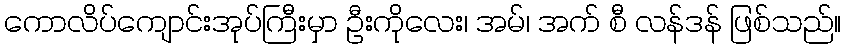
ကောလိပ်ကျောင်းအုပ်ကြီးမှာ ဦးကိုလေး၊ အမ်၊ အက် စီ လန်ဒန် ဖြစ်သည်။